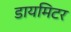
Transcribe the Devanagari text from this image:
डायमिटर